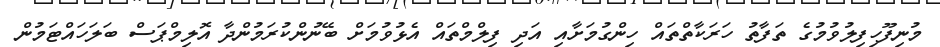
މުނިފޫހިފިލުވުމުގެ ތަފާތު ހަރަކާތްތައް ހިންގުމަށާއި އަދި ފިލްމްތައް އެޅުވުމަށް ބޭނުންކުރަމުންދާ އޮލިމްޕަސް ބަލަހައްޓަމުން